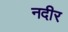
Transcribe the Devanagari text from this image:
नदीर